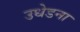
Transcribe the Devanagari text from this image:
उधेडना